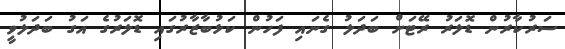
ސަރުކާރުން ޑޮލަރު ރޭޓަށް ބަދަލު ގެނައި ފަހުން ކަޅުބާޒާރުގައި ޑޮލަރުގެ އަގު ބަދަލުވީ